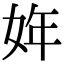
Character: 姩